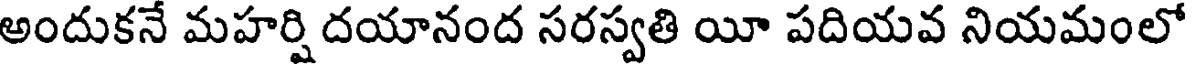
అందుకనే మహర్షి దయానంద సరస్వతి యీ పదియవ నియమంలో